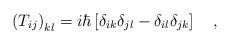
LaTeX: \begin{align*}\left(T_{ij}\right)_{kl}=i\hbar\left[\delta_{ik}\delta_{jl}-\delta_{il}\delta_{jk}\right]\ \ \ ,\end{align*}